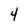
Character: 4